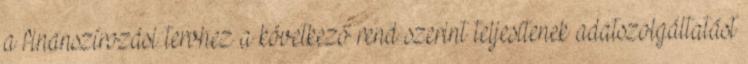
a finanszírozási tervhez a következő rend szerint teljesítenek adatszolgáltatást